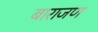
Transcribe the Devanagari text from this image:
बाराजण